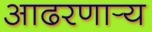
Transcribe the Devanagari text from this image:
आढरणार्‍य